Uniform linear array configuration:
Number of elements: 4
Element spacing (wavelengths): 0.25
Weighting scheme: kaiser
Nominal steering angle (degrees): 15
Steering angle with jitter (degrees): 14.301
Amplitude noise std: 0.05
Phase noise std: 0.05

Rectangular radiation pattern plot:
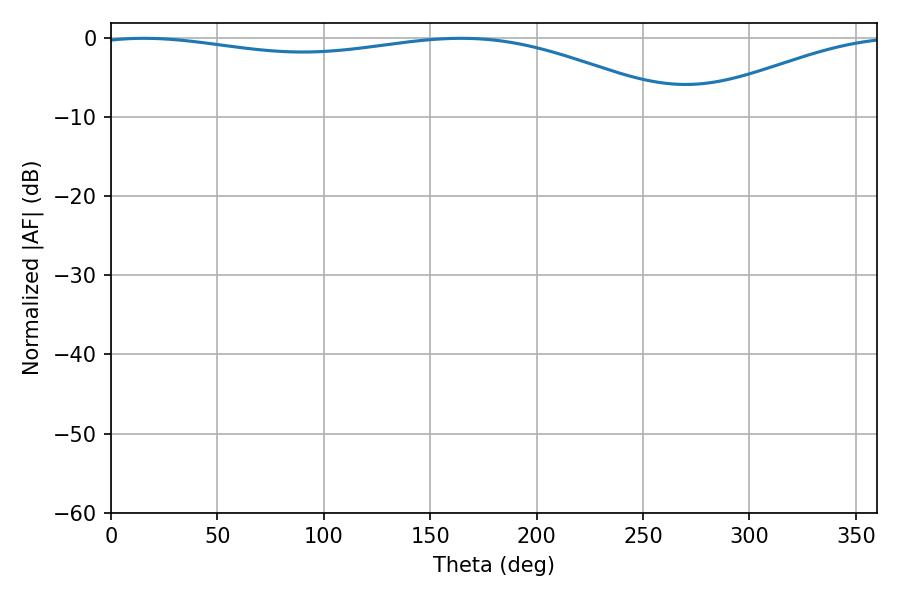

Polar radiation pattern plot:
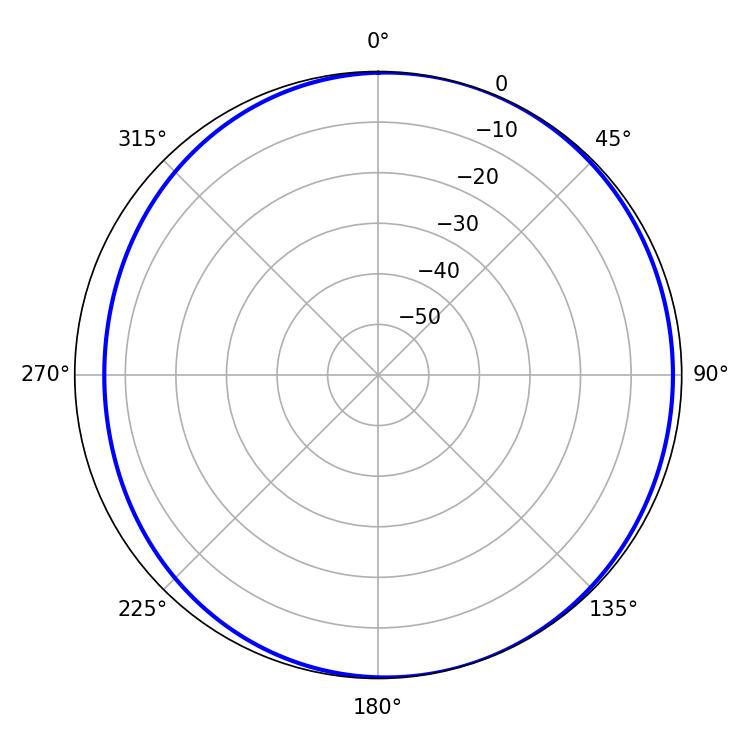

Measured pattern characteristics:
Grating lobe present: FALSE
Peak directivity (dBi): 4.224
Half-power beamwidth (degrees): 222.66
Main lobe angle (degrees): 15.48